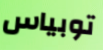
توبياس